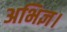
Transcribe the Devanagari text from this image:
अभिज्ञ।